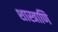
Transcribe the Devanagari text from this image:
शास्त्राणि